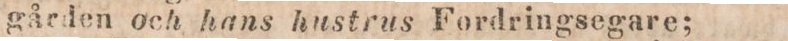
gården och hans hustrus Fordringsegare;